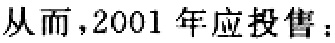
从而，2001 年应投售：